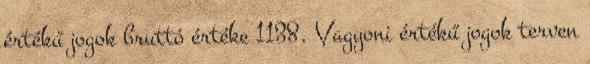
értékű jogok bruttó értéke 1138. Vagyoni értékű jogok terven